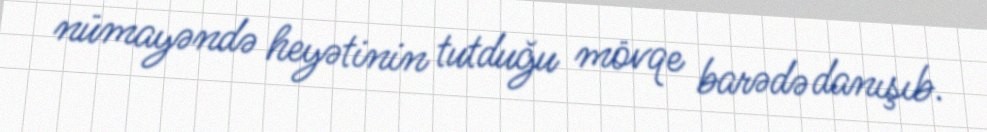
nümayəndə heyətinin tutduğu mövqe barədə danışıb.